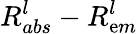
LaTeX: R_{abs}^{l}-R_{\mathrm{e}m}^{l}